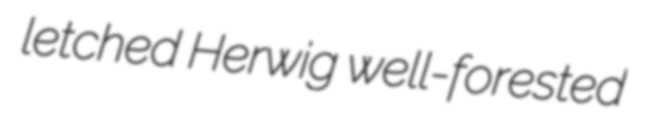
letched Herwig well-forested